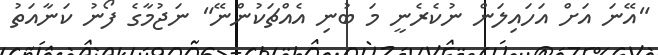
"އޭނަ އަށް އަހައިލަން ނުކެރެނީ މަ ބުނި އެއްޗަކުންނޭ" ނަޖުމާގެ ފޯނު ކަނާއަތު